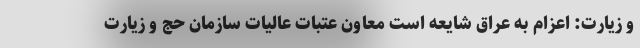
و زیارت: اعزام به عراق شایعه است معاون عتبات عالیات سازمان حج و زیارت